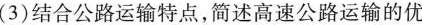
(3)结合公路运输特点，简述高速公路运输的优